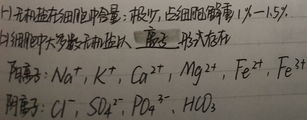
1. 无机盐在细胞中含量：极少，占细胞鲜重1% - 1.5%。
2. 细胞中大多数无机盐以 离子 形式存在
阳离子：\(\ce{Na+}\), \(\ce{K+}\), \(\ce{Ca^{2+}}\), \(\ce{Mg^{2+}}\), \(\ce{Fe^{2+}}\), \(\ce{Fe^{3+}}\)
阴离子：\(\ce{Cl-}\), \(\ce{SO_4^{2-}}\), \(\ce{PO_4^{3-}}\), \(\ce{HCO_3^{-}}\)